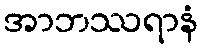
အာဘဿရာနံ